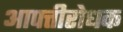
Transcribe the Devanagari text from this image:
आपत्तीरोधक